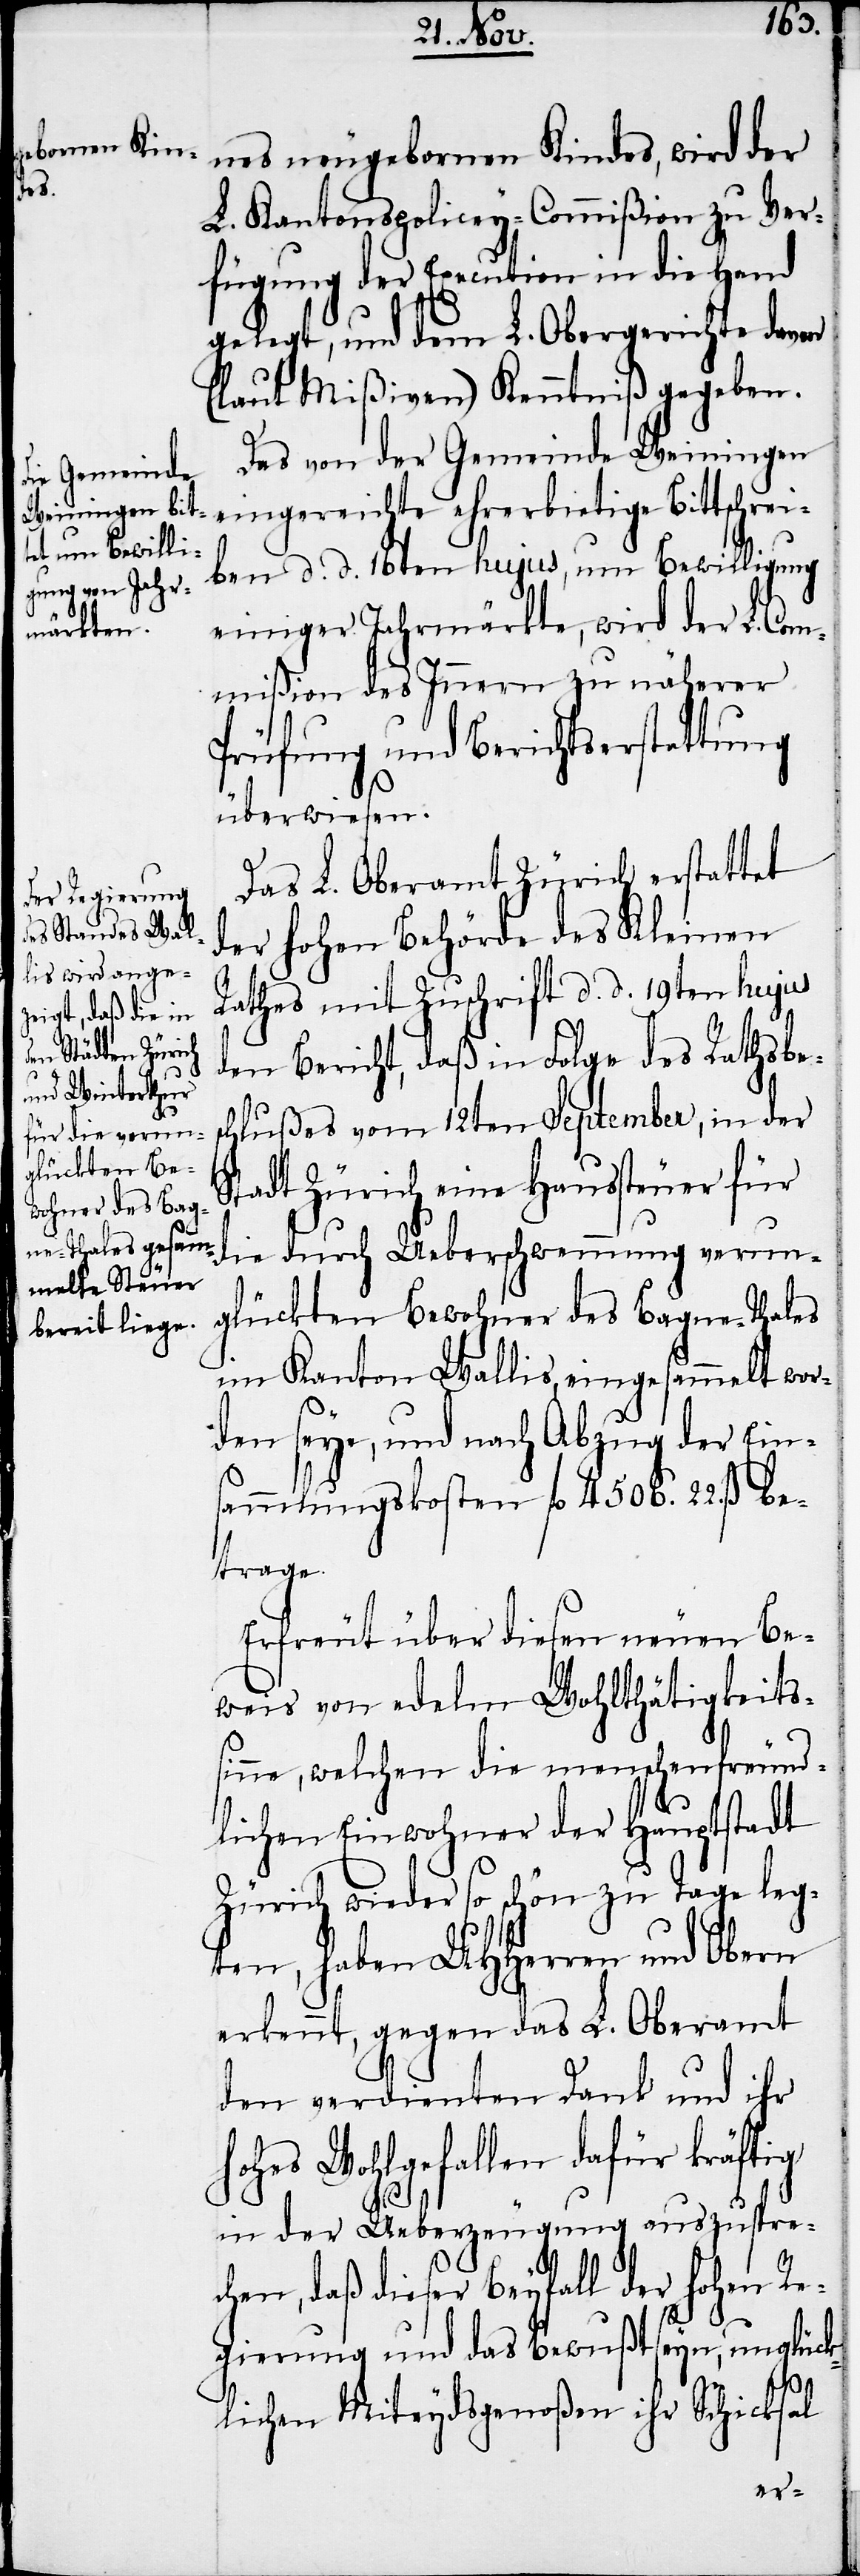
nes neugebornen Kindes, wird der
L. Kantonspolicey-Commißion zu Ver¬
fügung der Execution in die Hand
gelegt, und dem L. Obergerichte davon
(laut Mißiven) Kenntniß gegeben.
Das von der Gemeinde Weiningen
eingereichte ehrerbietige Bittschrei¬
ben d. d. 16ten hujus, um Bewilligung
einiger Jahrmärkte, wird der L. Com¬
mißion des Innern zu näherer
Prüfung und Berichtserstattung
überwiesen.
Das L. Oberamt Zürich erstattet
der hohen Behörde des Kleinen
Rathes mit Zuschrift d. d. 19ten hujus
den Bericht, daß in Folge des Rathsbe¬
schlußes vom 12ten September, in der
Stadt Zürich eine Haussteuer für
die durch Ueberschwemmung verun¬
glückten Bewohner des Bagne-Thales
im Kanton Wallis, eingesammelt wor¬
den seye, und nach Abzug der Ein¬
sammlungskosten fl 4506. 22. ß be¬
trage.
Erfreut über diesen neuen Be¬
weis von edelm Wohlthätigkeits¬
sinne, welchen die menschenfreund¬
lichen Einwohner der Hauptstadt
Zürich wieder so schön zu Tage leg¬
ten, haben UHHerren und Obern
erkennt, gegen das L. Oberamt
den verdienten Dank und ihr
hohes Wohlgefallen dafür kräftig
in der Ueberzeugung auszuspre¬
chen, daß dieser Beyfall der hohen Re¬
gierung und das Bewußtseyn, unglück¬
lichen Miteydsgenoßen ihr Schicksal